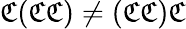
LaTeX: {\mathfrak{C}}({\mathfrak{C}}{\mathfrak{C}})\not=({\mathfrak{C}}{\mathfrak{C}}){\mathfrak{C}}